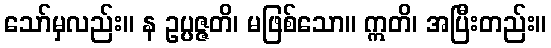
သော်မှလည်း။ န ဥပ္ပဇ္ဇတိ၊ မဖြစ်သော။ ဣတိ၊ အပြီးတည်း။